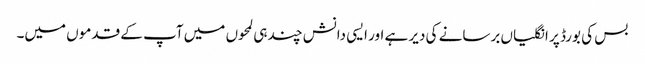
بس کی بورڈ پر انگلیاں برسانے کی دیر ہے اور ایسی دانش چند ہی لمحوں میں‌ آپ کے قدموں میں۔